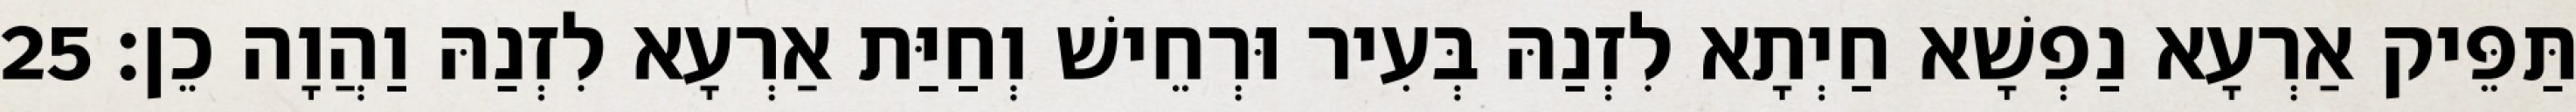
תַּפֵּיק אַרְעָא נַפְשָׁא חַיְתָא לִזְנַהּ בְּעִיר וּרְחֵישׁ וְחַיַּת אַרְעָא לִזְנַהּ וַהֲוָה כֵן׃ 25